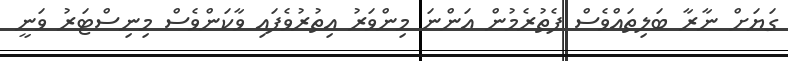
ގަޔަށް ނާރާ ބަލިތައްވެސް ފެތުރެމުން އަންނަ މިންވަރު އިތުރުވެފައި ވާކަންވެސް މިނިސްޓަރު ވަނީ